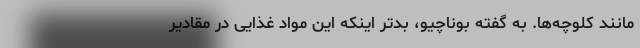
مانند کلوچه‌ها. به گفته بوناچیو، بدتر اینکه این مواد غذایی در مقادیر